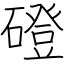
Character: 磴